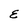
Character: E